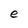
Character: e